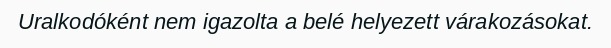
Uralkodóként nem igazolta a belé helyezett várakozásokat.